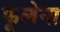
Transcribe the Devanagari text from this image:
फूलेना